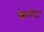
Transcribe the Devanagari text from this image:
स्क्वामेटा